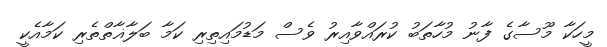
މީހަކާ މޫސާގެ ފާނު މުހާތަބު ކުރައްވާއިރު ވެސް މަޑުމައިތިރި ކަމާ ބަލާޣާތްތެރި ކަމާއެކީ